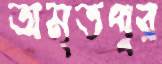
অমৃতপুর